38_143685_box_Incident_Summaries_101-172
Agency: Department of War
Page 63
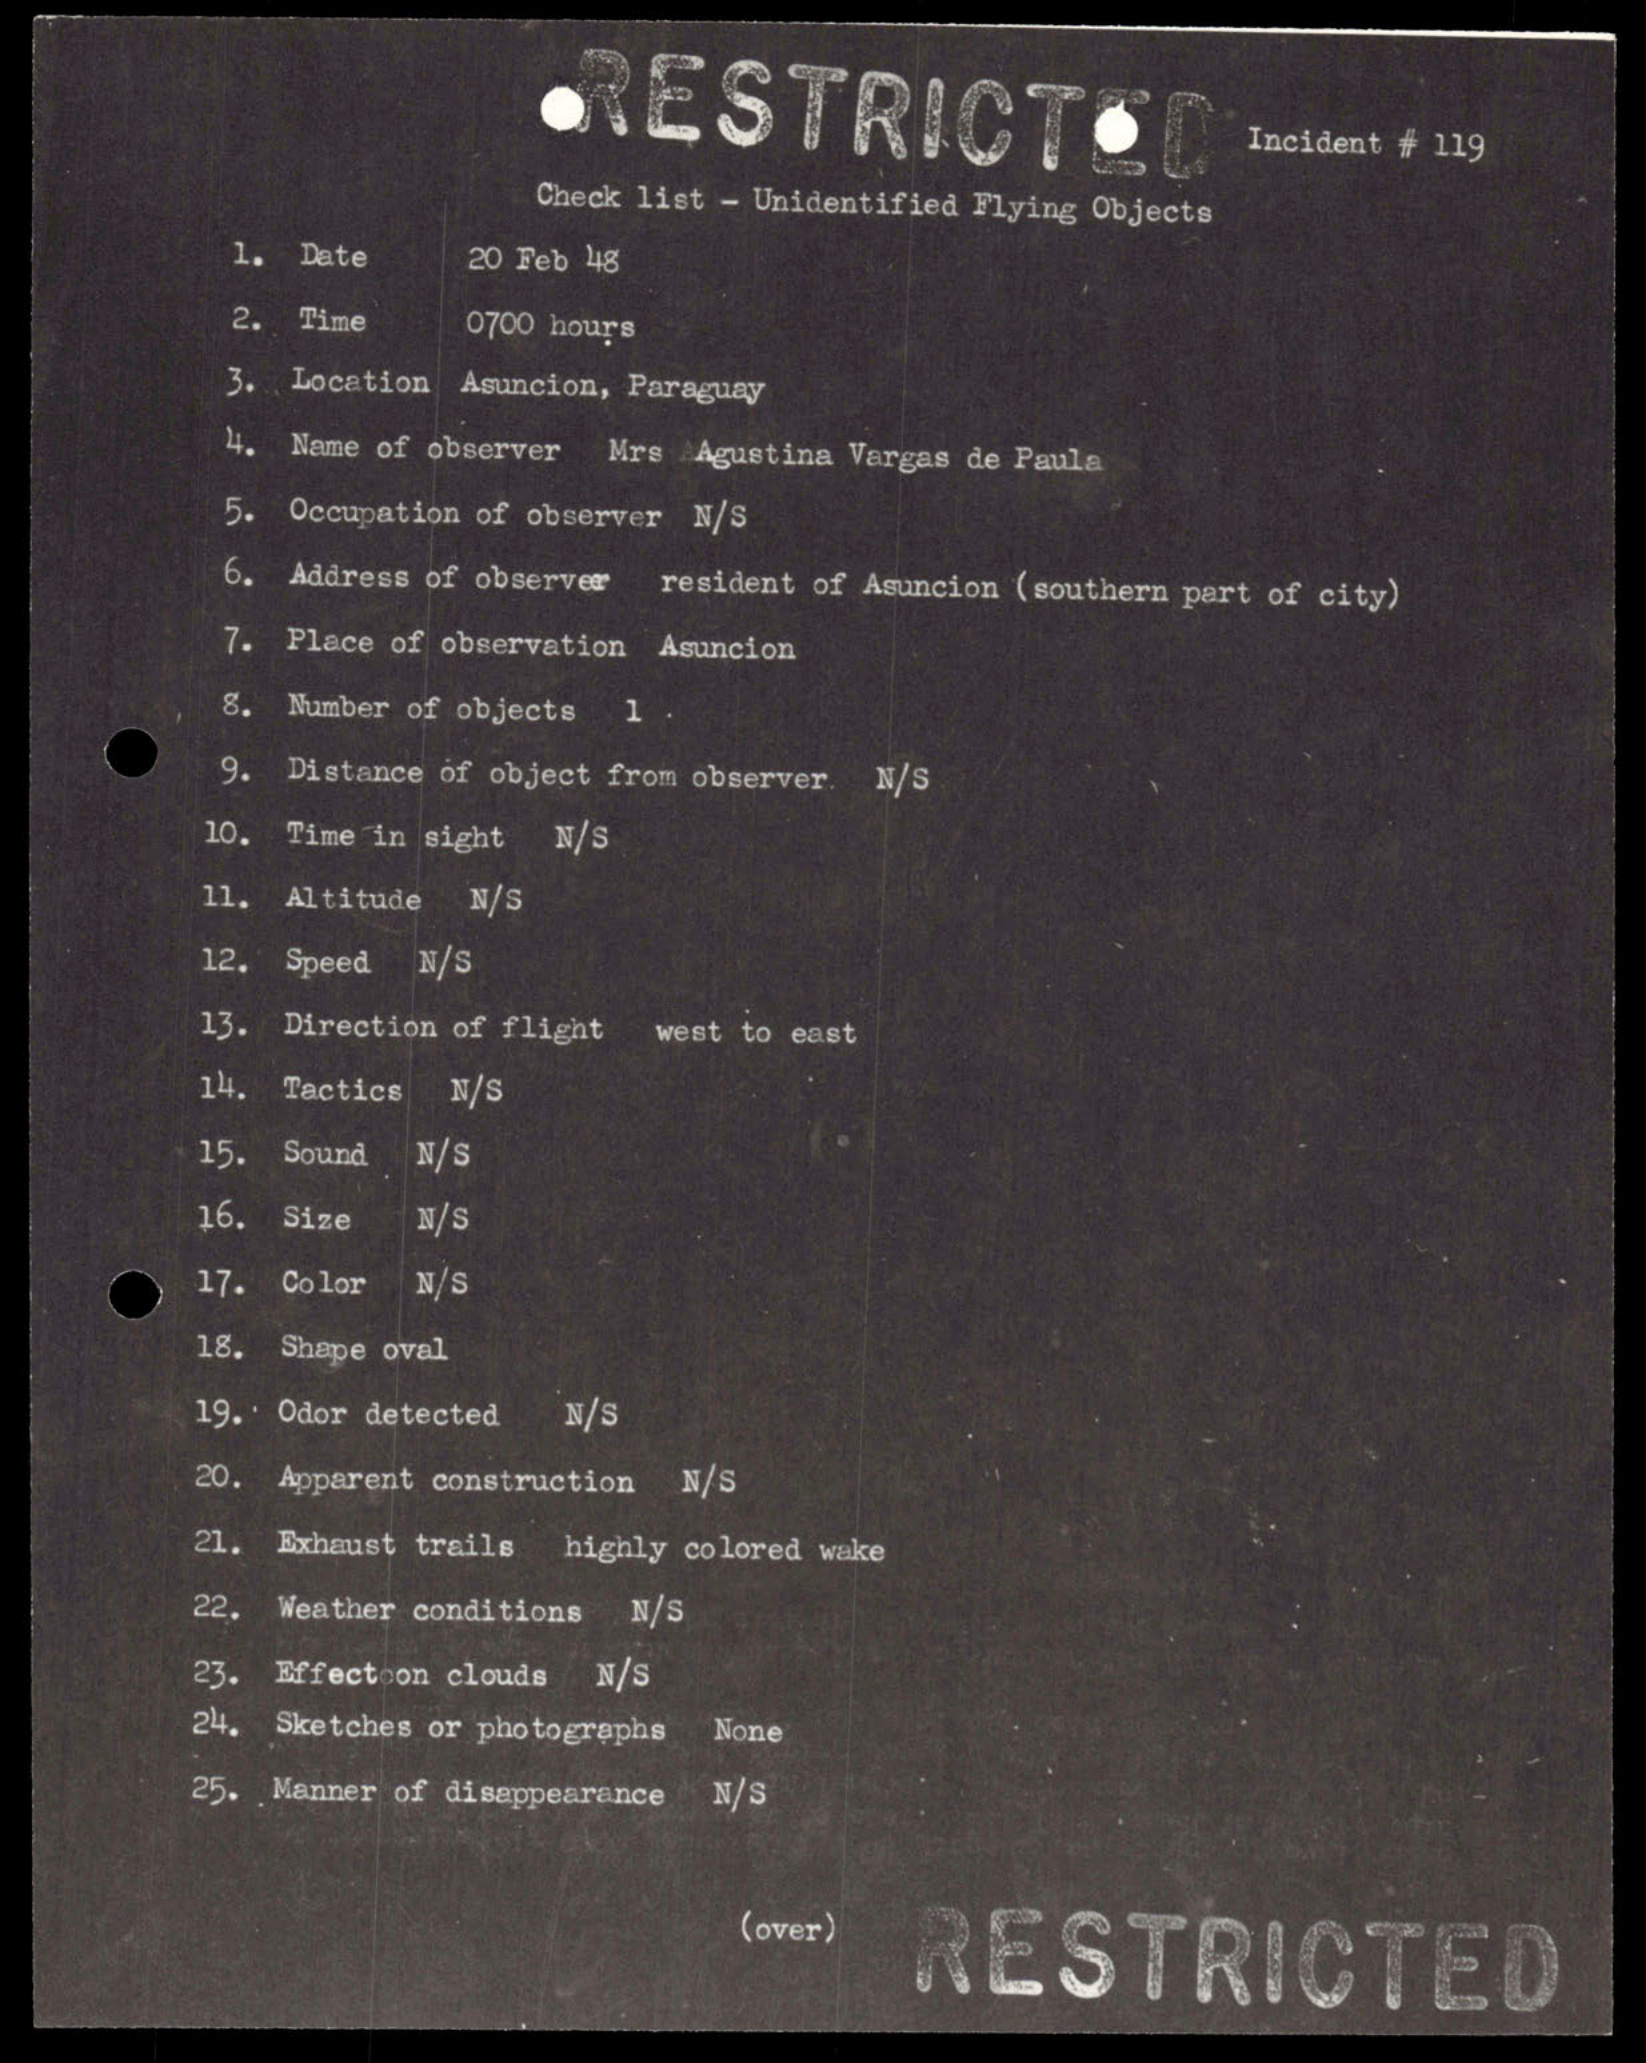